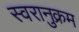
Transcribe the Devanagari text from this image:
स्वरानुक्रम